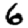
Digit: 6